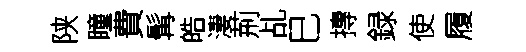
陕瞳費髯皓淒荊乩巳摶録使履